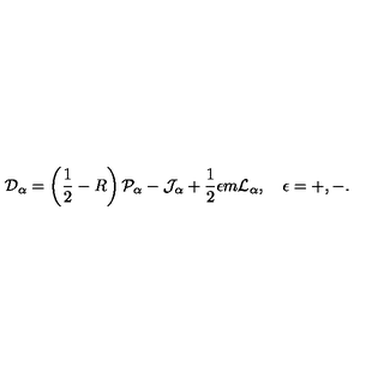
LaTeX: { \cal D } _ { \alpha } = \left( \frac { 1 } { 2 } - R \right) { \cal P } _ { \alpha } - { \cal J } _ { \alpha } + \frac { 1 } { 2 } \epsilon m { \cal L } _ { \alpha } , \quad \epsilon = + , - .